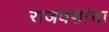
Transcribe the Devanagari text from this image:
राजवंशांचा